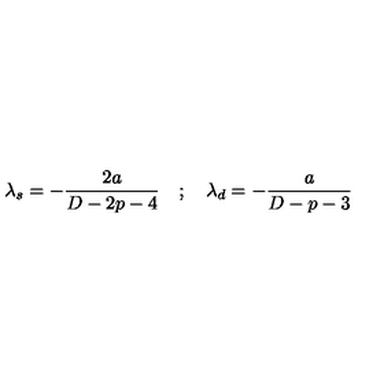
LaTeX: \lambda _ { s } = - \frac { 2 a } { D - 2 p - 4 } \quad ; \quad \lambda _ { d } = - \frac { a } { D - p - 3 }